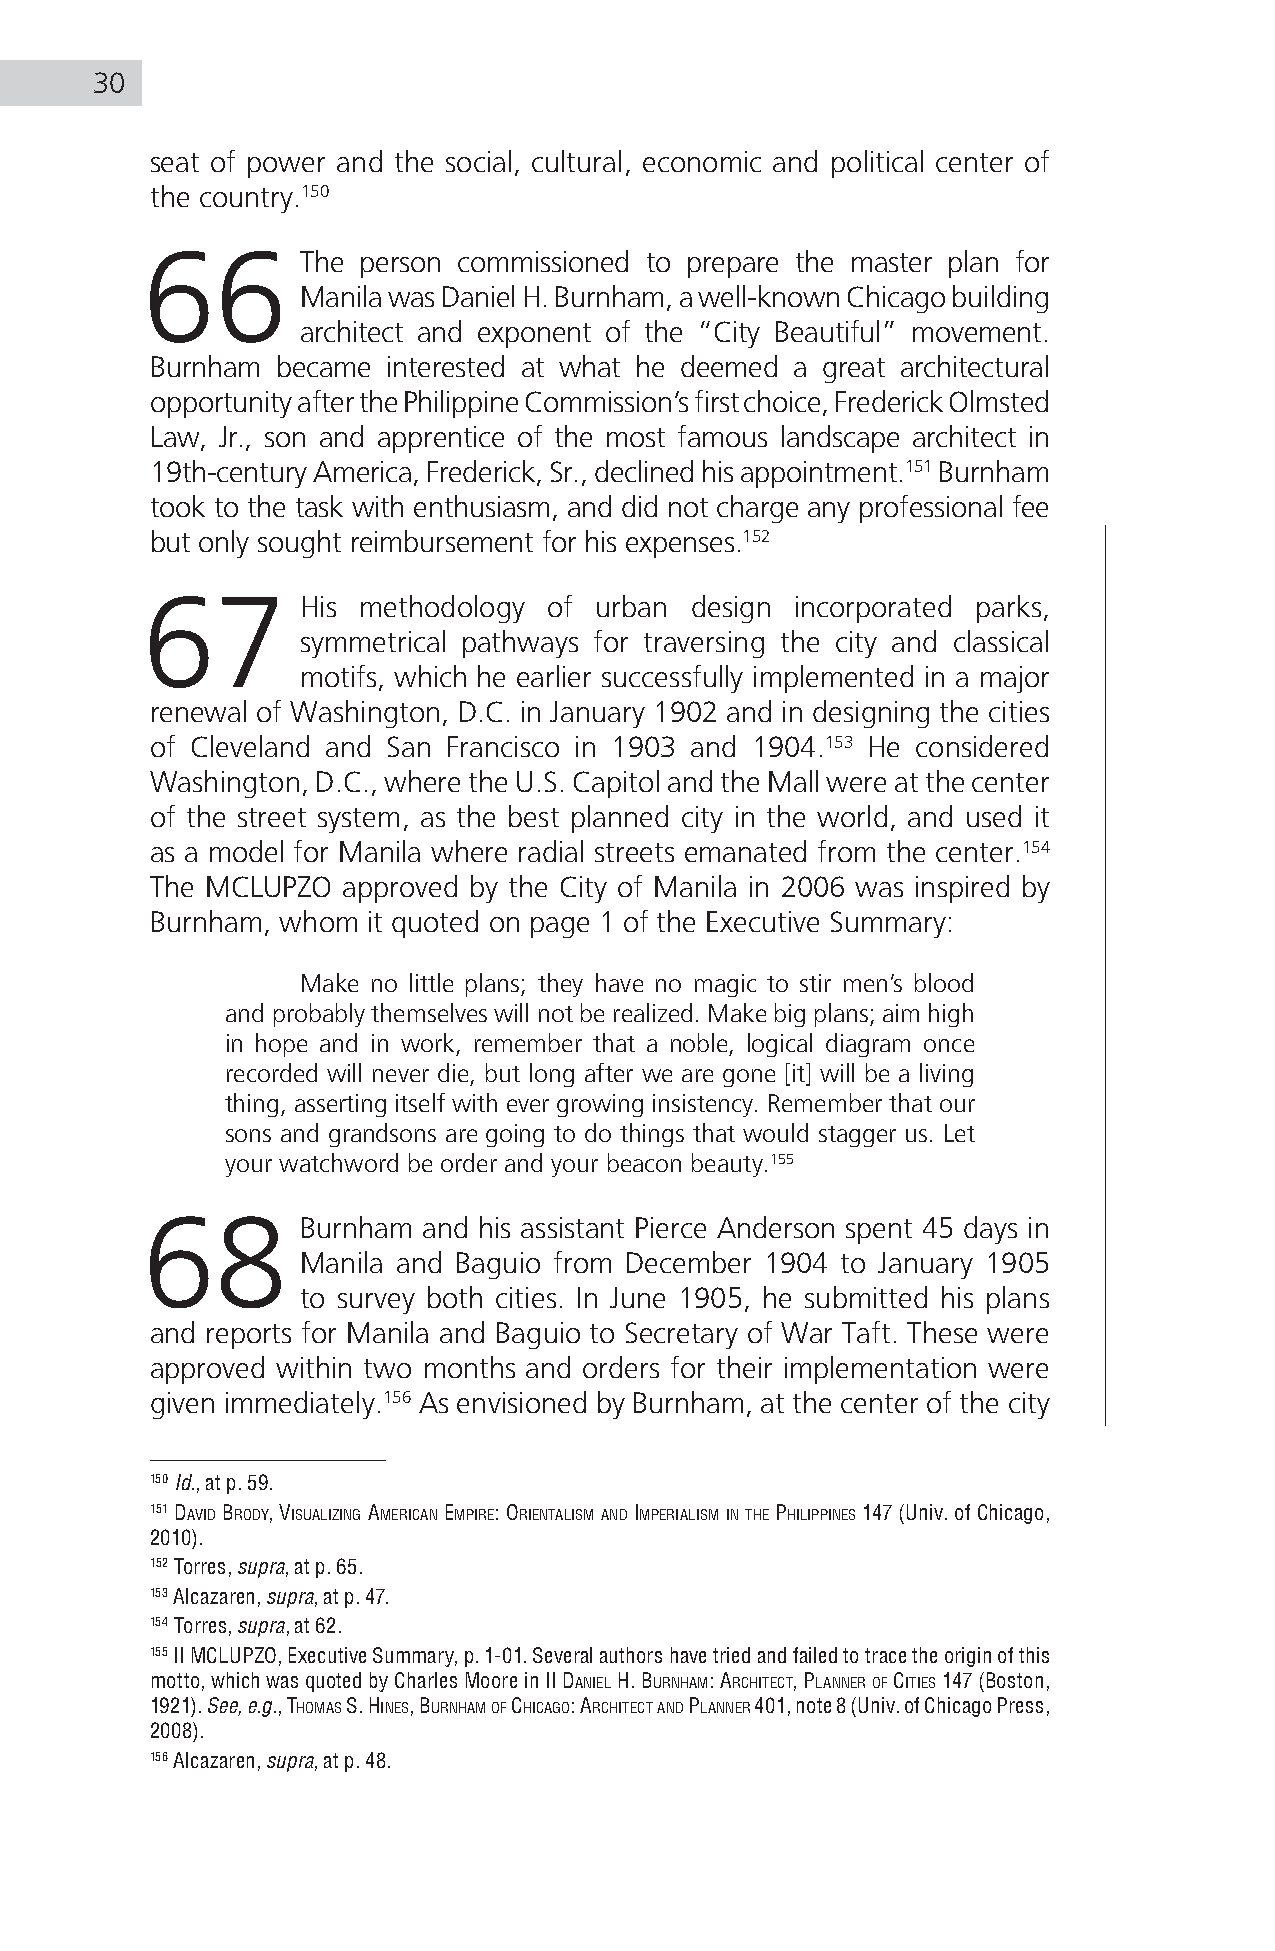
30
 seat of power and the social, cultural, economic and political center of
 the country.150
 66         The person commissioned to prepare the master plan for
 Manila was Daniel H. Burnham, a well-known Chicago building
 architect and exponent of the “City Beautiful” movement.
 Burnham became  interested at what he deemed a great architectural
 opportunity after the Philippine Commission’s first choice, Frederick Olmsted
 Law, Jr., son and apprentice of the most famous landscape architect in
 19th-century America, Frederick, Sr., declined his appointment.151 Burnham
 took to the task with enthusiasm, and did not charge any professional fee
 but only sought reimbursement for his expenses.152
 67         His methodology of urban  design incorporated parks,
 symmetrical pathways for traversing the city and classical
 motifs, which he earlier successfully implemented in a major
 renewal of Washington, D.C. in January 1902 and in designing the cities
 of Cleveland and San Francisco in 1903 and 1904.153 He considered
 Washington, D.C., where the U.S. Capitol and the Mall were at the center
 of the street system, as the best planned city in the world, and used it
 as a model for Manila where radial streets emanated from the center.154
 The MCLUPZO  approved by the City of Manila in 2006 was inspired by
 Burnham, whom it quoted on page 1 of the Executive Summary:
 Make no little plans; they have no magic to stir men’s blood
 and probably themselves will not be realized. Make big plans; aim high
 in hope and in work, remember that a noble, logical diagram once
 recorded will never die, but long after we are gone [it] will be a living
 thing, asserting itself with ever growing insistency. Remember that our
 sons and grandsons are going to do things that would stagger us. Let
 your watchword be order and your beacon beauty.155
 68         Burnham and his assistant Pierce Anderson spent 45 days in
 Manila and Baguio from December 1904 to January 1905
 to survey both cities. In June 1905, he submitted his plans
 and reports for Manila and Baguio to Secretary of War Taft. These were
 approved within two months and orders for their implementation were
 given immediately.156 As envisioned by Burnham, at the center of the city
 150 Id., at p. 59.
 151 david Brody, viSualizing aMerican eMPire: orienTaliSM and iMPerialiSM in The PhiliPPineS 147 (Univ. of Chicago,
 2010).
 152 Torres, supra, at p. 65.
 153 Alcazaren, supra, at p. 47.
 154 Torres, supra, at 62.
 155 II MCLUPZO, Executive Summary, p. 1-01. Several authors have tried and failed to trace the origin of this
 motto, which was quoted by Charles Moore in ii daniel h. BurnhaM: archiTecT, Planner of ciTieS 147 (Boston,
 1921). See, e.g., ThoMaS S. hineS, BurnhaM of chicago: archiTecT and Planner 401, note 8 (Univ. of Chicago Press,
 2008).
 156 Alcazaren, supra, at p. 48.